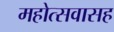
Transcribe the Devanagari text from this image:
महोत्सवासह